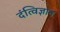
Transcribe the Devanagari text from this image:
दंत्विज्ञान